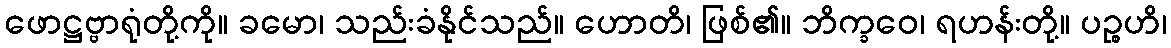
ဖောဋ္ဌဗ္ဗာရုံတို့ကို။ ခမော၊ သည်းခံနိုင်သည်။ ဟောတိ၊ ဖြစ်၏။ ဘိက္ခဝေ၊ ရဟန်းတို့။ ပဉ္စဟိ၊